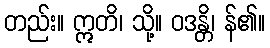
တည်း။ ဣတိ၊ သို့။ ဝဒန္တိ၊ န်၏။